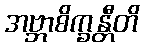
အဗ္ဘာစိက္ခန္တီတိ